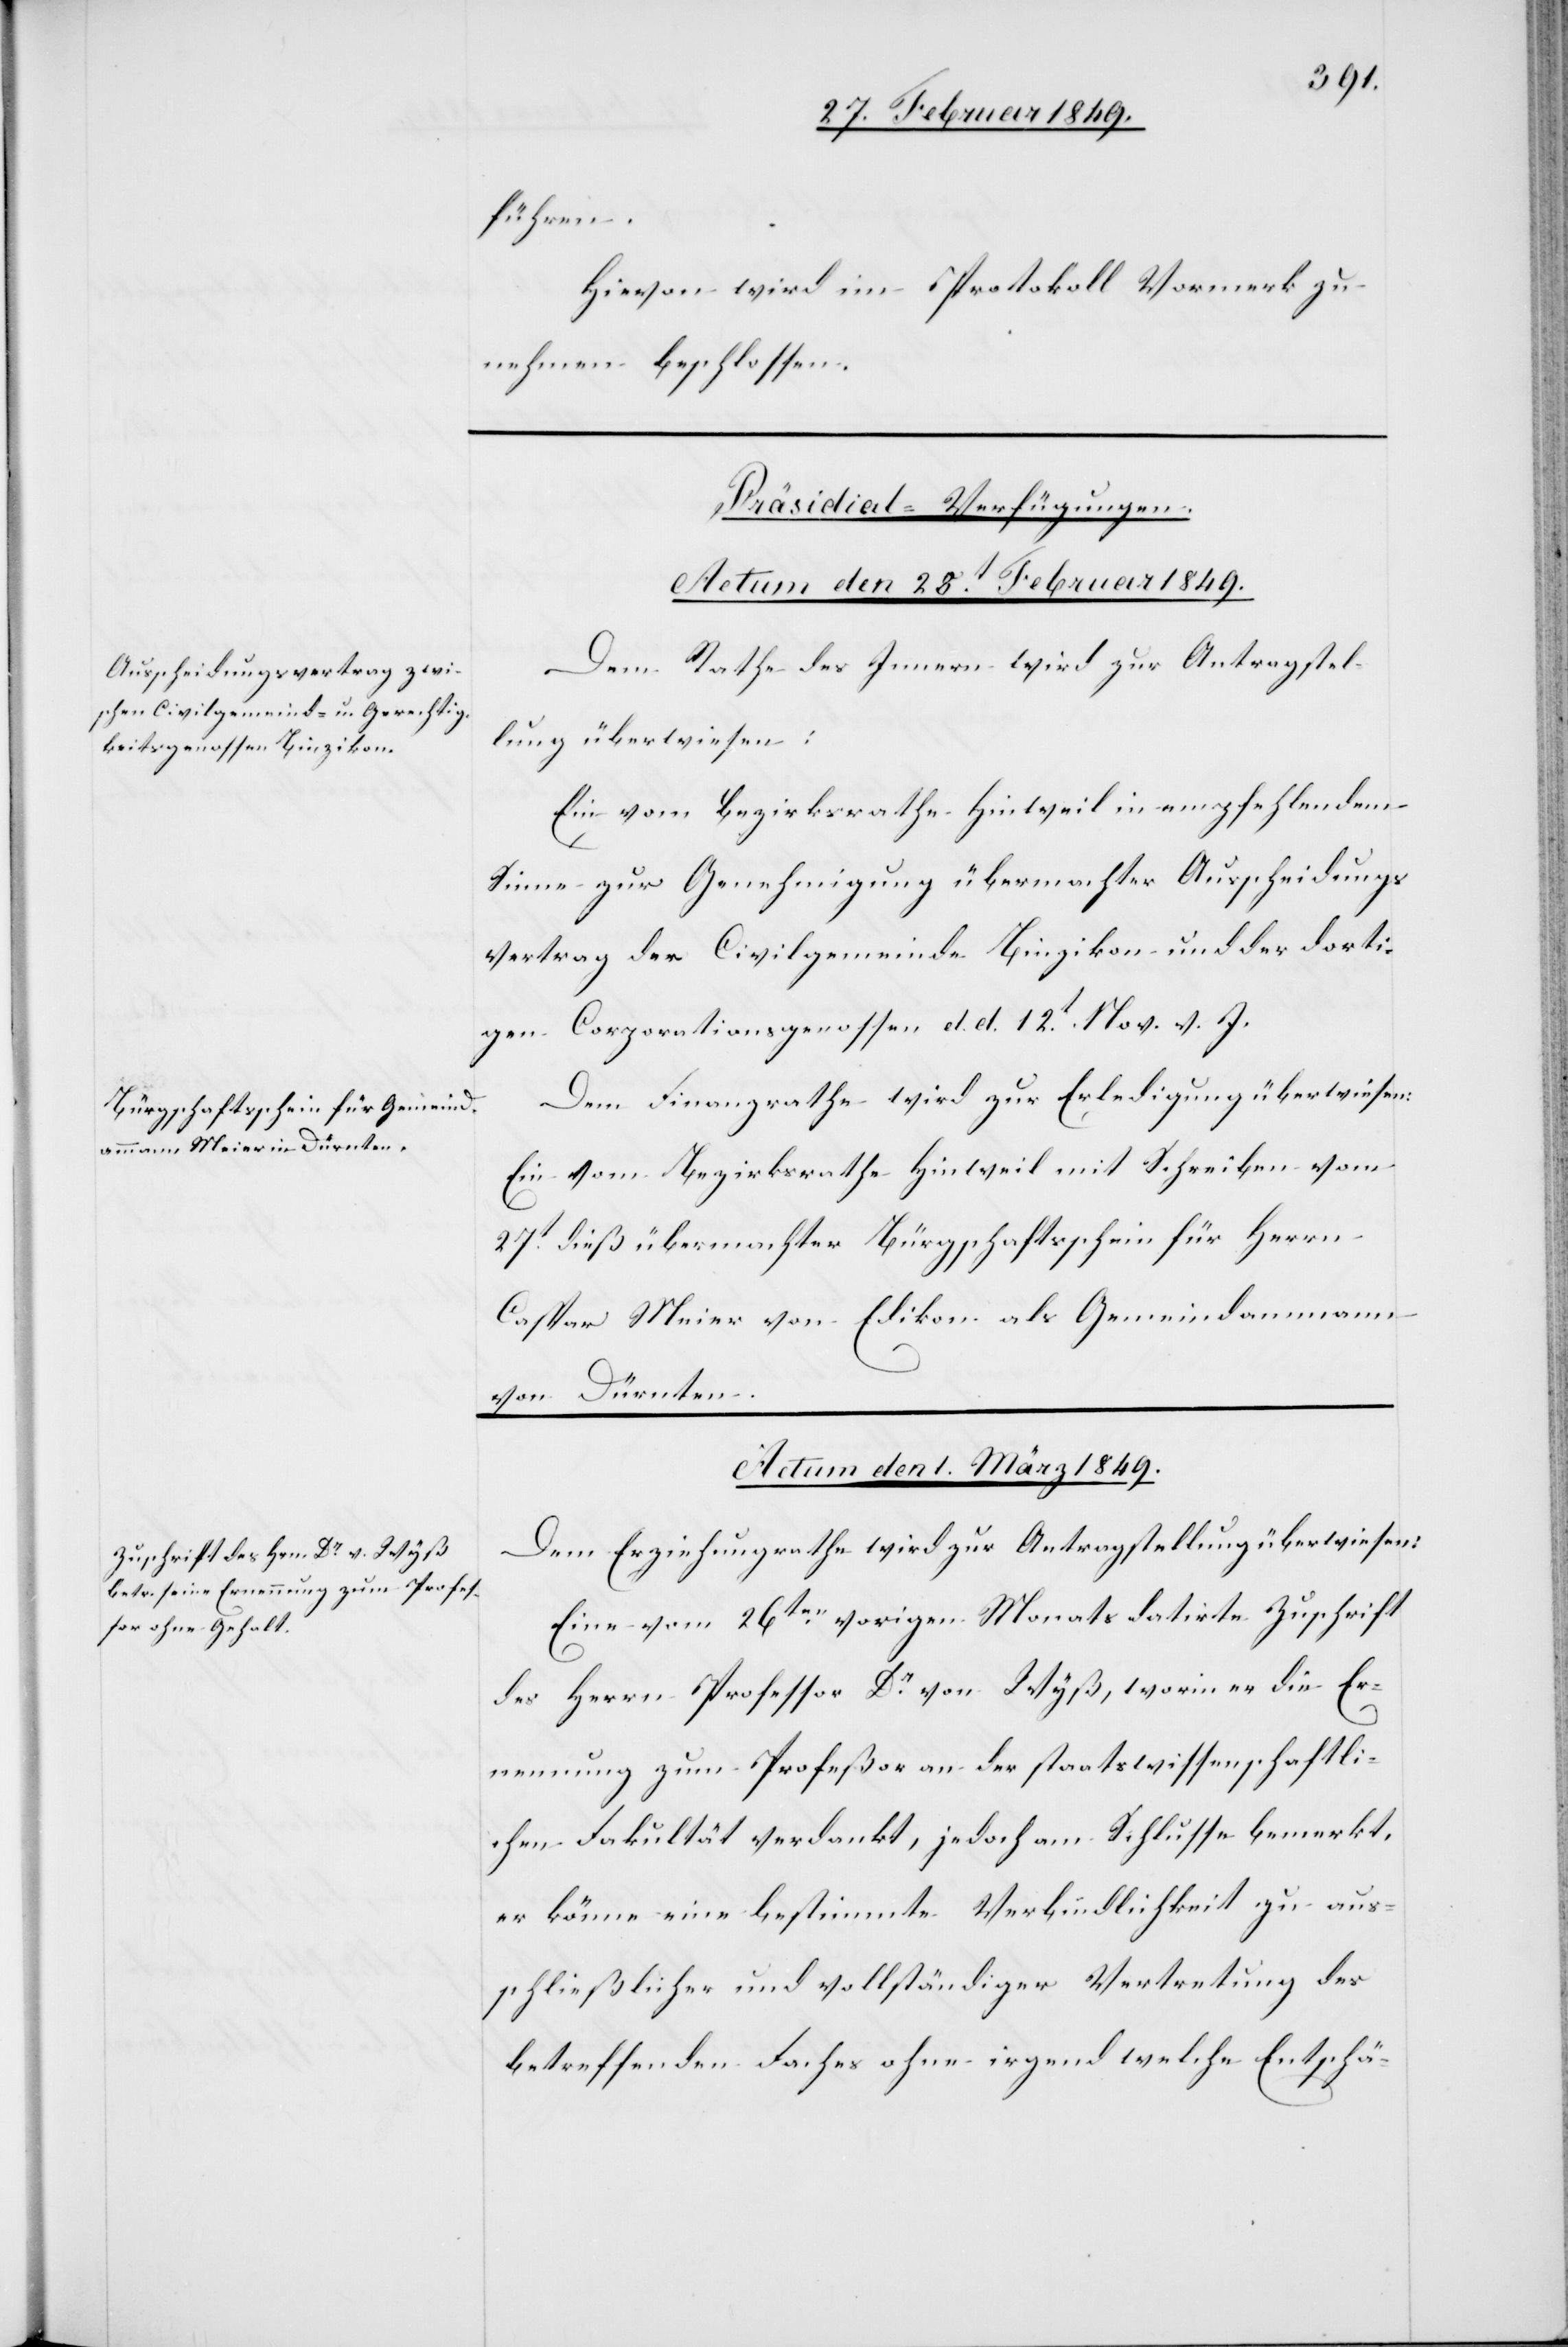
führen.
Hievon wird im Protokoll Vormerk zu
nehmen beschlossen.
[Präsidial-Verfügungen.]
Actum den 28t. Februar 1849.]
Dem Rathe des Innern wird zur Antragstel¬
lung überwiesen:
Ein vom Bezirksrathe Hinweil in empfehlendem
Sinne zur Genehmigung übermachter Ausscheidungs¬
vertrag der Civilgemeinde Binzikon und der dorti¬
gen Corporationsgenossen d. d. 12t. Nov. v. J.
Dem Finanzrathe wird zur Erledigung überwiesen:
Ein vom Bezirksrathe Hinweil mit Schreiben vom
27t. dieß übermachter Bürgschaftsschein für Herrn
Caspar Meier von Edikon als Gemeindammann
von Dürnten.
Actum den 1. März 1849.
Dem Erziehungsrathe wird zur Antragstellung überwiesen:
Eine vom 26ten. vorigen Monats datirte Zuschrift
des Herrn Professor Dr. von Wyß, worin er die Er¬
nennung zum Profeßor an der staatswissenschaftli¬
chen Fakultät verdankt, jedoch am Schlusse bemerkt,
er könne eine bestimmte Verbindlichkeit zu aus¬
schließlicher und vollständiger Vertretung des
betreffenden Faches ohne irgendwelche Entschä-